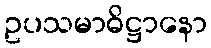
ဥပသမာဓိဋ္ဌာနော